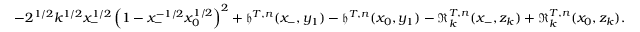
\begin{array} { r } { - 2 ^ { 1 / 2 } k ^ { 1 / 2 } x _ { - } ^ { 1 / 2 } \left( 1 - x _ { - } ^ { - 1 / 2 } x _ { 0 } ^ { 1 / 2 } \right) ^ { 2 } + \mathfrak { h } ^ { T , n } ( x _ { - } , y _ { 1 } ) - \mathfrak { h } ^ { T , n } ( x _ { 0 } , y _ { 1 } ) - \mathfrak { R } _ { k } ^ { T , n } ( x _ { - } , z _ { k } ) + \mathfrak { R } _ { k } ^ { T , n } ( x _ { 0 } , z _ { k } ) . } \end{array}